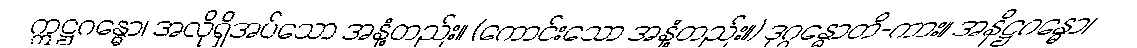
ဣဋ္ဌဂန္ဓော၊ အလိုရှိအပ်သော အနံ့တည်း။ (ကောင်းသော အနံ့တည်း။) ဒုဂ္ဂန္ဓောတိ-ကား။ အနိဋ္ဌဂန္ဓော၊